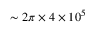
\sim 2 \pi \times 4 \times 1 0 ^ { 5 }